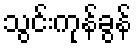
သွင်းကုန်ခွန်